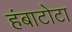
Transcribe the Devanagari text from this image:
हंबाटोटा